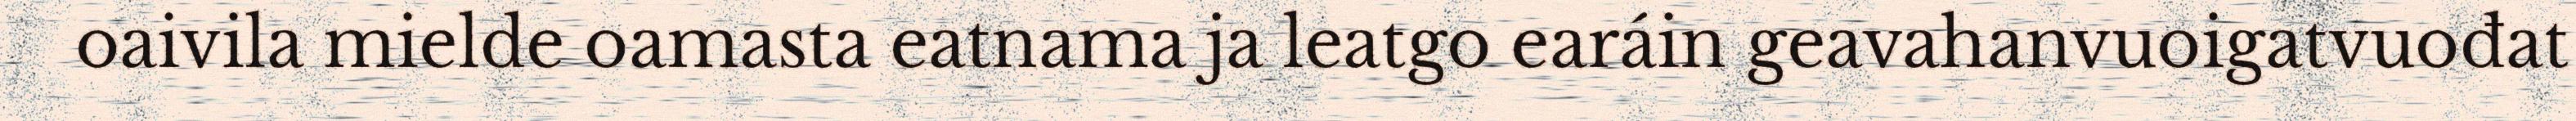
oaivila mielde oamasta eatnama ja leatgo earáin geavahanvuoigatvuođat